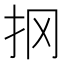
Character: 㧏